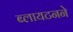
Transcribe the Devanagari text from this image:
ब्लायटनने